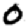
Digit: 0